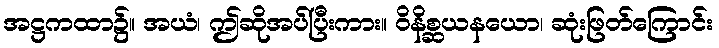
အဋ္ဌကထာ၌။ အယံ၊ ဤဆိုအပ်ပြီးကား။ ဝိနိစ္ဆယနယော၊ ဆုံးဖြတ်ကြောင်း